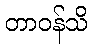
တာဝန်သိ